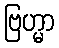
ဗြဟ္မာ